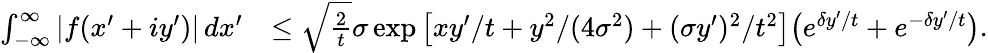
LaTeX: \begin{array}{rl}{\int_{-\infty}^{\infty}|f(x^{\prime}+iy^{\prime})|\, dx^{\prime}}&{\leq\sqrt{\frac{2}{t}}\sigma\exp\big[xy^{\prime}/t+y^{2}/(4\sigma^{2})+(\sigma y^{\prime})^{2}/t^{2}\big]\big(e^{\delta y^{\prime}/t}+e^{-\delta y^{\prime}/t}\big).}\end{array}